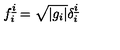
f _ { i } ^ { \underline { { i } } } = \sqrt { \left| g _ { i } \right| } \delta _ { i } ^ { \underline { { i } } }